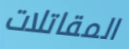
المقاتلات